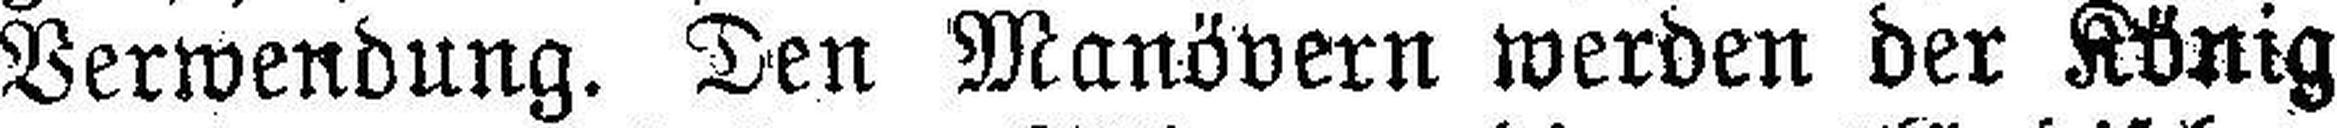
Verwendung. Den Manövern werden der König